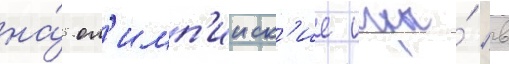
на́ ол'имп'ииск'ие игры́ в